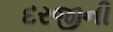
દરજીની